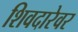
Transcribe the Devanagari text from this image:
शिवदारेवर